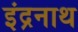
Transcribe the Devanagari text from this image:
इंद्रनाथ